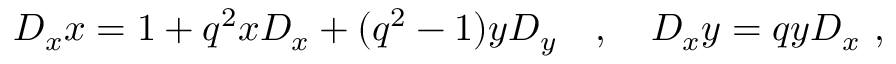
D _ { x } x = 1 + q ^ { 2 } x D _ { x } + ( q ^ { 2 } - 1 ) y D _ { y } \quad , \quad D _ { x } y = q y D _ { x } \ ,